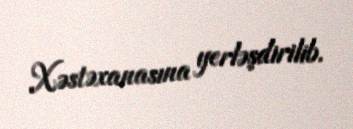
Xəstəxanasına yerləşdirilib.